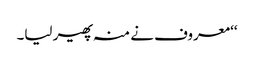
‘‘معروف نے منہ پھیر لیا۔